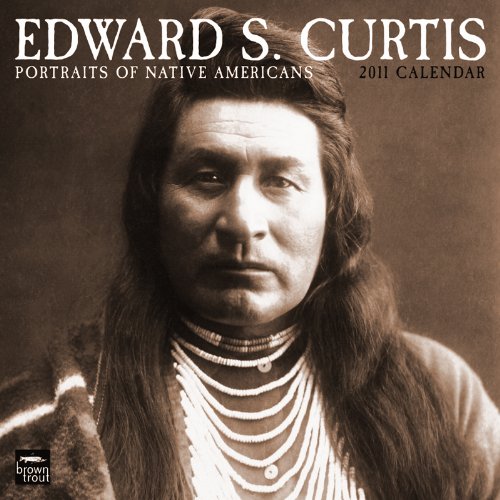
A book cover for Curtis, Edward S: Portraits of Native Americans 11 (Multilingual Edition); BrownTrout Publishers Inc; Calendars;